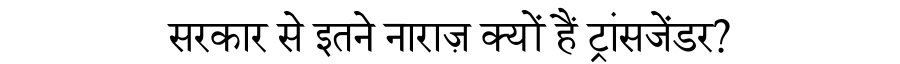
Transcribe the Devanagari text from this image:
सरकार से इतने नाराज़ क्यों हैं ट्रांसजेंडर?